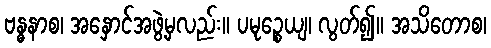
ဗန္ဓနာစ၊ အနှောင်အဖွဲ့မှလည်း။ ပမုဉ္စေယျ၊ လွတ်၍။ အသိတောစ၊